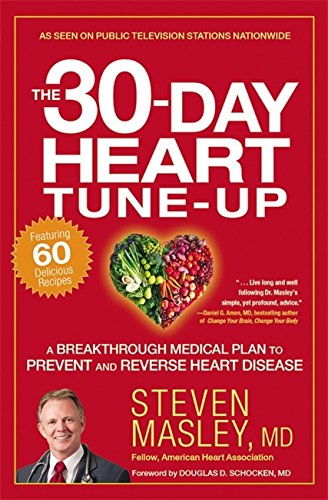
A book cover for The 30-Day Heart Tune-Up: A Breakthrough Medical Plan to Prevent and Reverse Heart Disease; Steven Masley; Health, Fitness & Dieting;